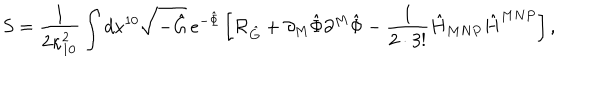
S = { \frac { 1 } { 2 \kappa _ { 1 0 } ^ { 2 } } } \int d x ^ { 1 0 } \sqrt { - \hat { G } } \, e ^ { - \hat { \Phi } } \left[ { \cal R } _ { \hat { G } } + \partial _ { M } \hat { \Phi } \partial ^ { M } \hat { \Phi } - { \frac { 1 } { 2 \cdot 3 ! } } \hat { H } _ { M N P } \hat { H } ^ { M N P } \right] ,